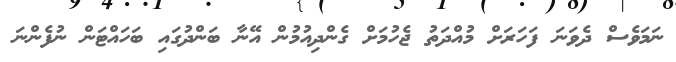
ނަމަވެސް ދެވަނަ ފަހަރަށް މުއްދަތު ޖެހުމަށް ގެންދިއުމުން އޭނާ ބަންދުގައި ބަހައްޓަން ނުފެންނަ